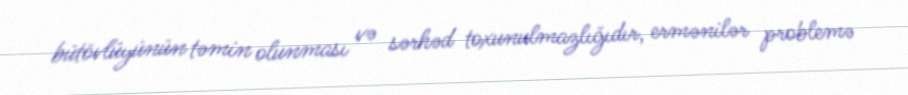
bütövlüyünün təmin olunması və sərhəd toxunulmazlığıdır, ermənilər problemə